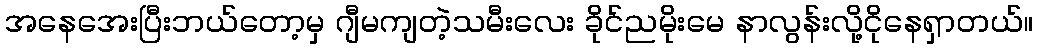
အနေအေးပြီးဘယ်တော့မှ ဂျီမကျတဲ့သမီးလေး ခိုင်ညမိုးမေ နာလွန်းလို့ငိုနေရှာတယ်။